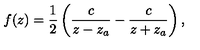
f ( z ) = { \frac { 1 } { 2 } } \left( { \frac { c } { z - z _ { a } } } - { \frac { c } { z + z _ { a } } } \right) ,